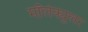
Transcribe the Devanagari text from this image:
मॉलेक्युलर